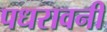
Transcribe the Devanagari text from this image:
पधरावनी